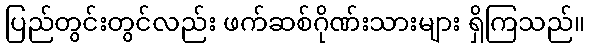
ပြည်တွင်းတွင်လည်း ဖက်ဆစ်ဂိုဏ်းသားများ ရှိကြသည်။